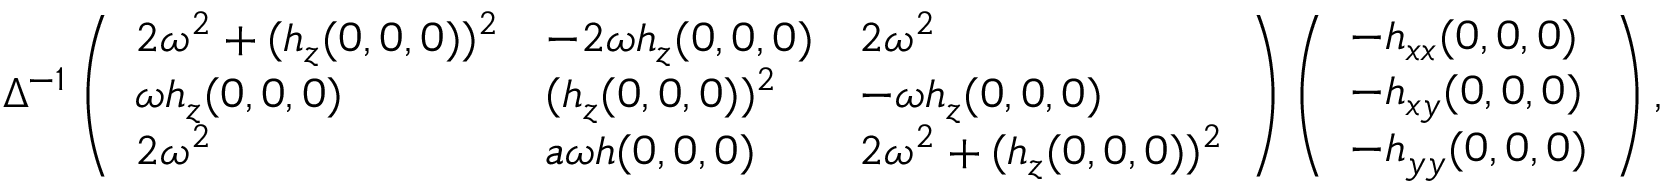
\begin{array} { r l r } & { } & { \Delta ^ { - 1 } \left( \begin{array} { l l l } { 2 \omega ^ { 2 } + ( h _ { z } ( 0 , 0 , 0 ) ) ^ { 2 } } & { - 2 \omega h _ { z } ( 0 , 0 , 0 ) } & { 2 \omega ^ { 2 } } \\ { \omega h _ { z } ( 0 , 0 , 0 ) } & { ( h _ { z } ( 0 , 0 , 0 ) ) ^ { 2 } } & { - \omega h _ { z } ( 0 , 0 , 0 ) } \\ { 2 \omega ^ { 2 } } & { a \omega h ( 0 , 0 , 0 ) } & { 2 \omega ^ { 2 } + ( h _ { z } ( 0 , 0 , 0 ) ) ^ { 2 } } \end{array} \right) \left( \begin{array} { l } { - h _ { x x } ( 0 , 0 , 0 ) } \\ { - h _ { x y } ( 0 , 0 , 0 ) } \\ { - h _ { y y } ( 0 , 0 , 0 ) } \end{array} \right) , } \end{array}